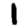
Digit: 1